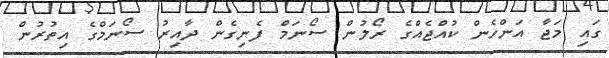
ގައި މަޖާ އަންހެން ކުއްޖެއްގެ ރޯލުން ސޯނަމް ފެނިގެން ދާއިރު ސޯނަމްގެ އިތުރުން